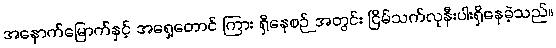
အနောက်မြောက်နှင့် အရှေ့တောင် ကြား ရှိနေစဉ် အတွင်း ငြိမ်သက်လုနီးပါးရှိနေခဲ့သည်။